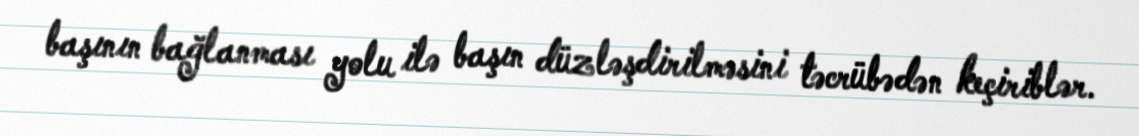
başının bağlanması yolu ilə başın düzləşdirilməsini təcrübədən keçiriblər.